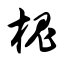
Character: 槐